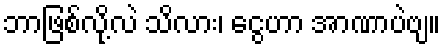
ဘာဖြစ်လို့လဲ သိလား၊ ငွေဟာ အာဏာပဲဗျ။